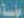
مواسة